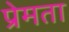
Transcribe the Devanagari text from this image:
प्रेमता